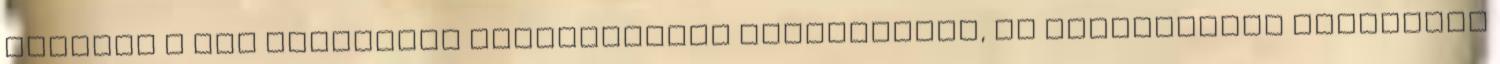
szentje A nap különböző szakaszaiban Szentgyónás, az irgalmasság szentsége